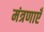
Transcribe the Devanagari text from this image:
मंत्रणाएँ